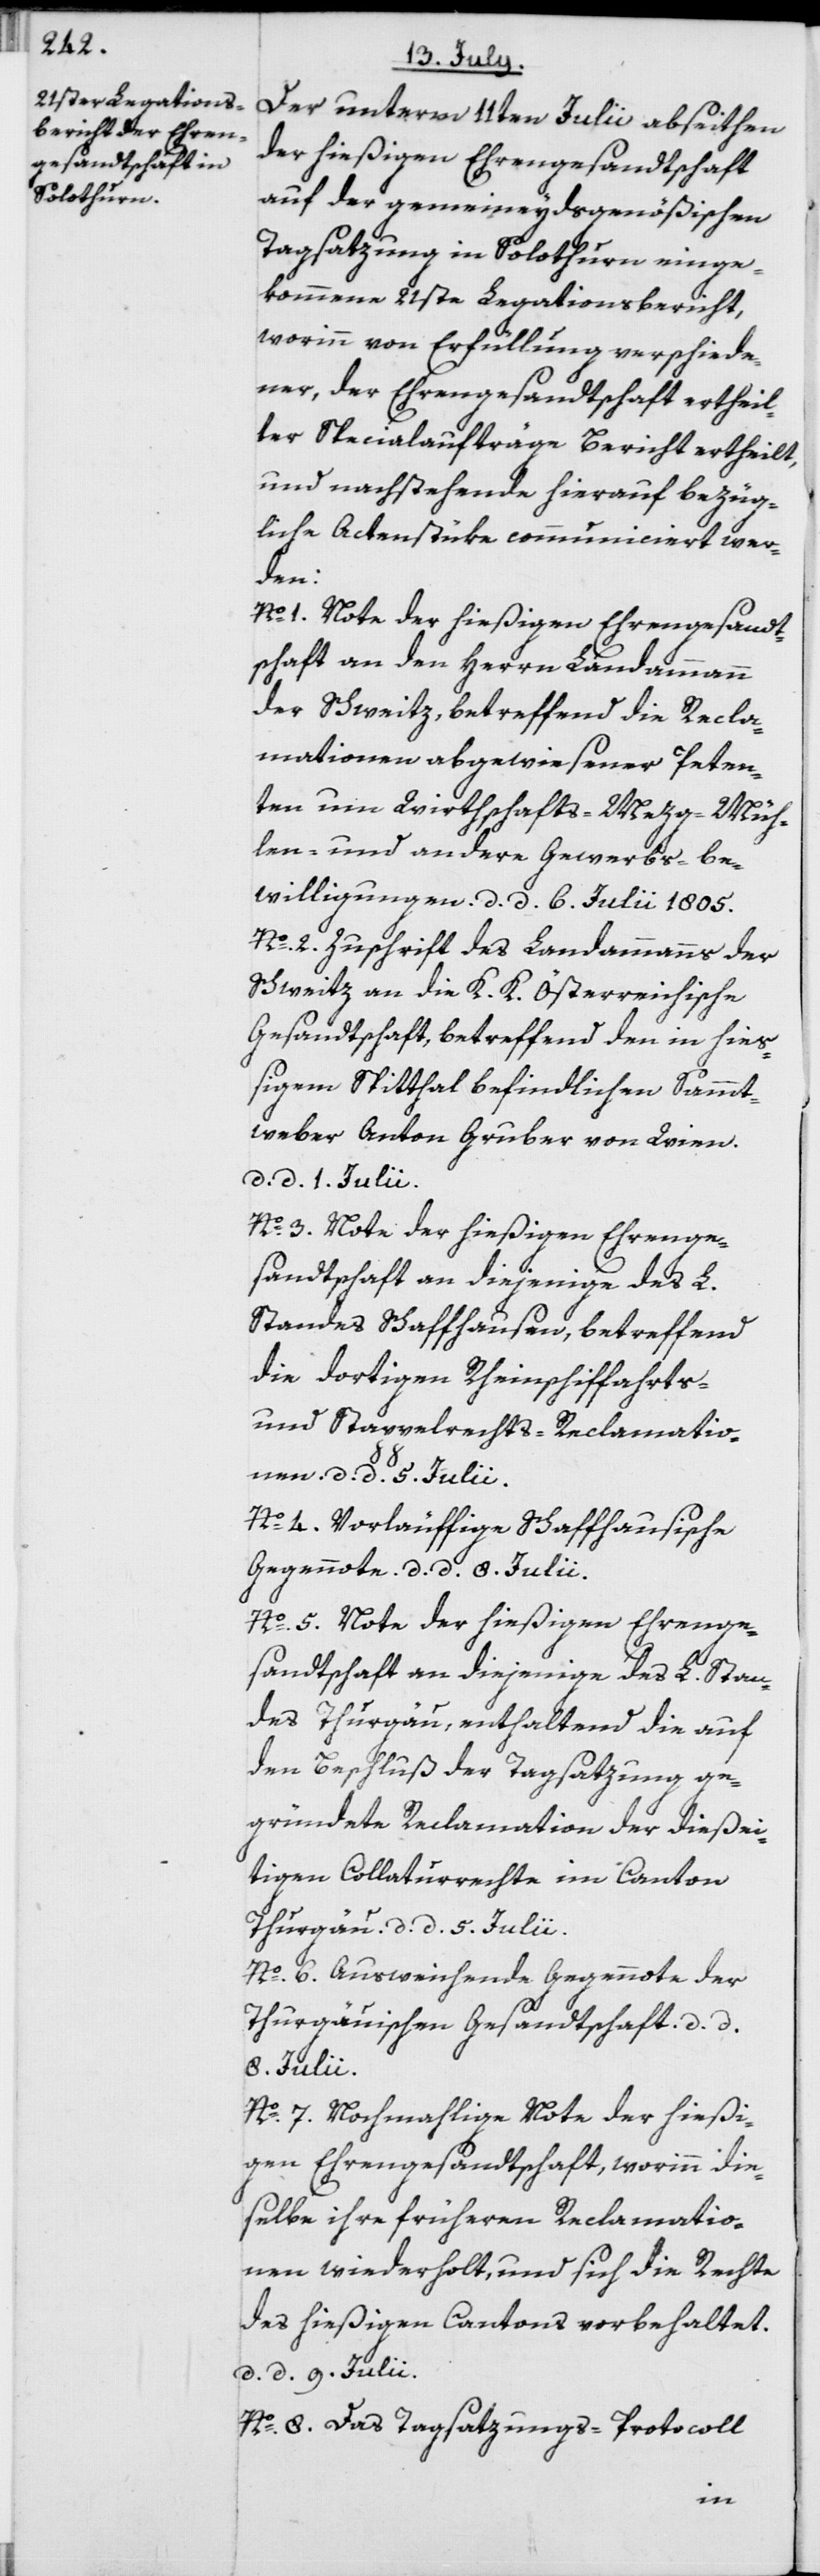
Der unterm 11ten Julii abseithen
der hießigen Ehrengesandtschaft
auf der gemeineydsgenößischen
Tagsatzung in Solothurn einge¬
kommene 21ste Legationsbericht,
worinn von Erfüllung verschiede¬
ner, der Ehrengesandtschaft ertheil¬
ter Specialaufträge Bericht ertheilt,
und nachstehende hierauf bezüg¬
liche Actenstüke communiciert wer¬
den:
1. Note der hießigen Ehrengesandt¬
schaft an den Herrn Landammann
der Schweitz, betreffend die Recla¬
mationen abgewiesener Peten¬
ten um Wirthschafts-[,] Mezg-[,] Müh¬
len- und andere Gewerbs-be¬
willigungen. d. d. 6. Julii 1805.
No. 2. Zuschrift des Landammanns der
Schweitz an die K. K. Österreichische
Gesandtschaft, betreffend den in hieß¬
igem Spitthal befindlichen Sammt¬
weber Anton Gruber von Wien.
d. d. 1. Julii.
No. 3. Note der hießigen Ehrenge¬
sandtschaft an diejenige des L.
Standes Schaffhausen, betreffend
die dortigen Rheinschiffahrts-
und Stappelrechts-Reclamatio¬
nen. d. d. 5. Julii.
No. 4. Vorläuffige Schaffhausische
Gegennote. d. d. 8. Julii.
No. 5. Note der hießigen Ehrenge¬
sandtschaft an diejenige des L. Stan¬
des Thurgau, enthaltend die auf
den Beschluß der Tagsatzung ge¬
gründete Reclamation der dießei¬
tigen Collaturrechte im Canton
Thurgau. d. d. 5. Julii.
No. 6. Ausweichende Gegennote der
Thurgauischen Gesandtschaft. d. d.
8. Julii.
No. 7. Nochmahlige Note der hießi¬
gen Ehrengesandtschaft, worinn die¬
selbe ihre früheren Reclamatio¬
nen wiederholt, und sich die Rechte
des hießigen Cantons vorbehaltet.
d. d. 9. Julii.
No. 8. Das Tagsatzungs-Protocoll